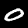
Label: 0